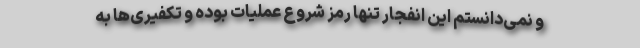
و نمی‌دانستم این انفجار تنها رمز شروع عملیات بوده و تکفیری‌ها به